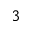
3